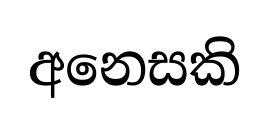
අනෙසකි